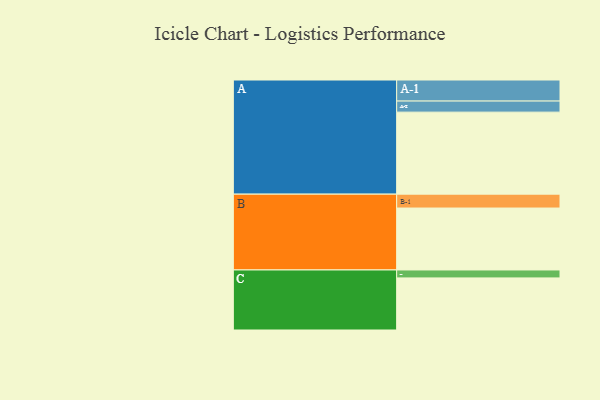
{"axis": {"x": "Segment", "y": "Value"}, "legend": ["", "A", "B", "C"], "data": [{"x": "A", "y": 526, "type": ""}, {"x": "B", "y": 397, "type": ""}, {"x": "C", "y": 334, "type": ""}, {"x": "A-1", "y": 135, "type": "A"}, {"x": "A-2", "y": 71, "type": "A"}, {"x": "B-1", "y": 89, "type": "B"}, {"x": "C-1", "y": 51, "type": "C"}]}